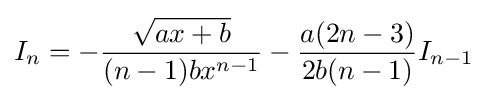
I_{n}=-{\frac {\sqrt {ax+b}}{(n-1)bx^{n-1}}}-{\frac {a(2n-3)}{2b(n-1)}}I_{n-1}\,\!